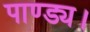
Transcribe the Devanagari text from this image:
पाण्ड्य।